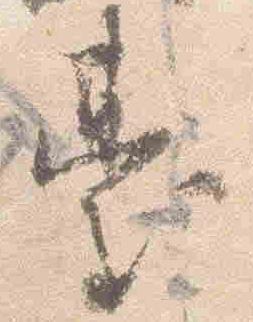
台